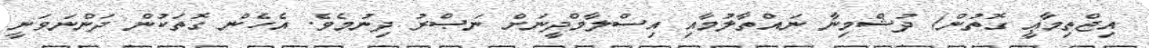
އިޖްތިމާޢީ ގޮތުން) ދުޝްމިނާ ނައްތާލުމާއި އިސްލާމްދީނަށް ނަޞްރު ދިނުމެވެ. އެހެން ގޮތަކުން ދަންނަވަނީ